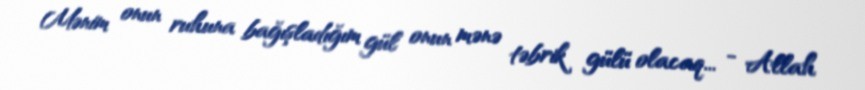
Mənim onun ruhuna bağışladığım gül onun mənə təbrik gülü olacaq... - Allah